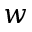
w